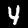
Digit: 4